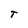
Character: T